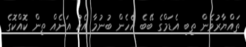
ތައްޔާރުވެން ތިބި އެޑަމްގެ ބޭބެ އެހެން ބުނުމާ އެކު އަނެއް ތިން ކޮއްކޮގެ